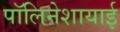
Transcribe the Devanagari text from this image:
पॉलिनेशायाई